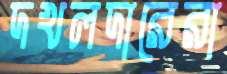
দখলদারেরা